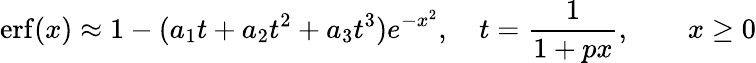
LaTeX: \operatorname{erf}(x)\approx 1-(a_{1}t+a_{2}t^{2}+a_{3}t^{3})e^{-x^{2}},\quad t={\frac{1}{1+px}},\qquad x\geq 0